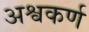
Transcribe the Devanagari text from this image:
अश्वकर्ण